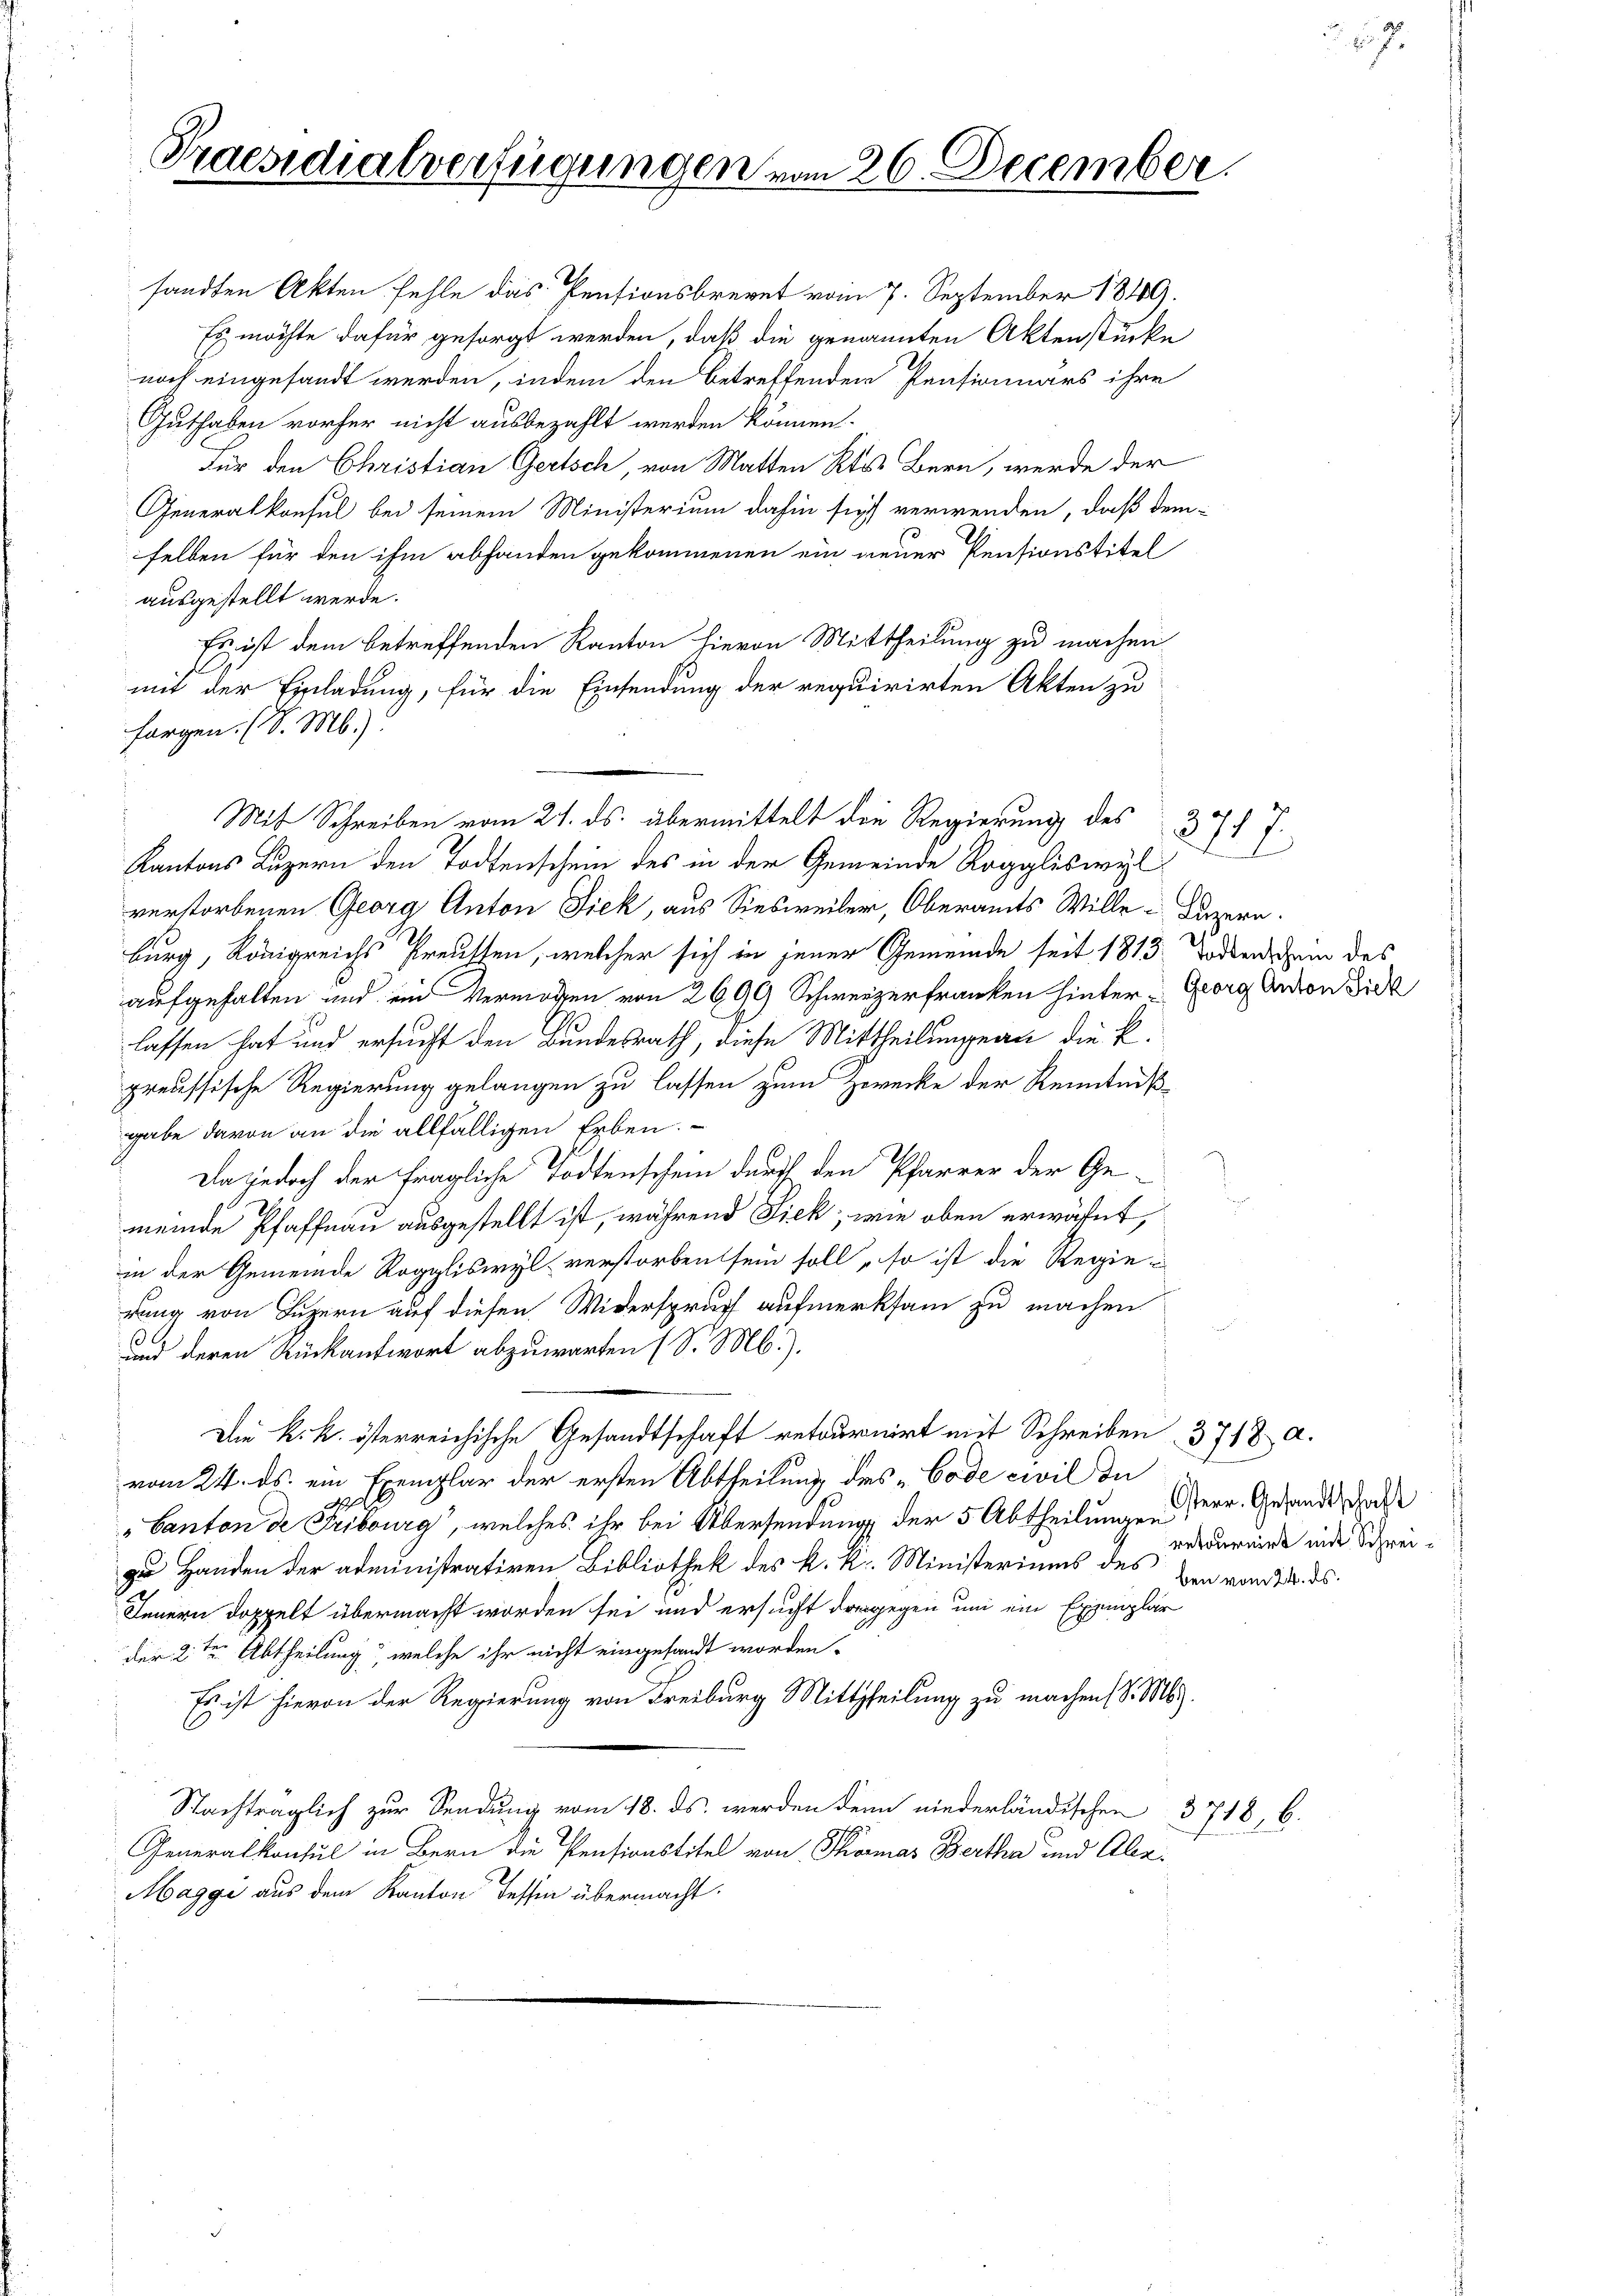
Guthaben vorher nicht ausbezahlt werden können.
Für den Christian Gertsch, von Matten Kts. Bern, werde der
Generalkonsul bei seinem Ministerium dahin sich verwenden, daß demselben für den ihm abhanden gekommenen ein neuer Pensionstitel
ausgestellt werde.
Es ist dem betreffenden Kanton hievon Mittheilung zu machen.
mit der Einladung, für die Einsendung der requirirten Akten zu
sorgen. (S. M.)
Kantons Luzern den Todtenschein des in der Gemeinde Roggliswyl
verstorbenen Georg Anton Tiek, aus Siesweiler, Oberamts Wille u Luzern.
burg, Königreichs Preussen, welcher sich in jener Gemeinde seit 1813. Todten dem des
aufgehalten und ein Vermögen von 2690 Schweizerfranken hinter Georg Anton Ziel
lassen hat und ersucht den Bundesrath, diese Mittheilung an die k.
preussische Regierung gelangen zu lassen zum Zorecke der Kenntniß-
gabe davon an die allfälligen Erben.
Da jedoch der fragliche Todtenschein durch den Pfarrer der Ge-
meinde Pfaffnau ausgestellt ist, während Sick; wie oben erwähnt,
in der Gemeinde Roggliswyl verstorben sein soll, so ist die Regierung von Luzern auf diesen Widerspruch aufmerksam zu machen.
.
und deren Rückantwort abzuwarten (S. M.).
Die k. k. österreichische Gesandtschaft retournirt mit Schreiben 3718 a.
vom 24. ds. ein Exemplar der ersten Abtheilung des „Code civil du
„Canton de Fribourg, welches ihr bei Übersendung der 5 Abtheilungen
zu Handen der administrativen Bibliothek des k. k. Ministeriums des verurniede inde Schrei¬
Innern doppelt übermacht worden sei und ersucht dagegen und ein Exemplar
der 2ten Abtheilung, welche ihr nicht eingesandt worden.
Es ist hievon der Regierung von Freiburg Mittheilung zu machen (S. Ms.
Nachträglich zur Sendung vom 18. ds. werden denn niederländischen 3718, 6.
Generalkonsul in Bern die Pensionstitel von Thomas Bertha und Ale¬
Maggi aus dem Kanton dessen übermacht.

Praesidialverfügungen vom 26. December

sandten Akten fehle das Pensionsbrevet vom 7. September 1849.
Es möchte dafür gesorgt werden, daß die genannten Aktenstücke
noch eingesandt werden, indem den betreffenden Pensionärs ihre

Mit Schreiben vom 21. ds. übermittelt die Regierung des 3717.

kind

Osterr. Gesandtschaft
ben vom 24. ds.